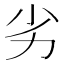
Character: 劣